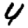
Digit: 4